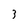
Character: 3